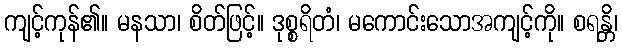
ကျင့်ကုန်၏။ မနသာ၊ စိတ်ဖြင့်။ ဒုစ္စရိတံ၊ မကောင်းသောအကျင့်ကို။ စရန္တိ၊